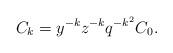
LaTeX: \begin{align*}C_{k}=y^{-k}z^{-k}q^{-k^2}C_0.\end{align*}